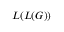
L ( L ( G ) )